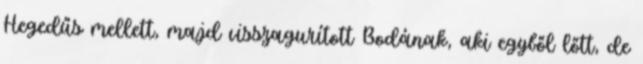
Hegedűs mellett, majd visszagurított Bodának, aki egyből lőtt, de